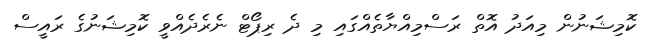
ކޮމިޝަނުން މިއަދު އޮތް ރަސްމިއްޔާތެއްގައި މި ދެ ރިޕޯޓް ނެރެދެއްވީ ކޮމިޝަނުގެ ރައީސް